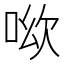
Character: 𠲭